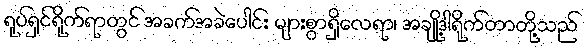
ရုပ်ရှင်ရိုက်ရာတွင် အခက်အခဲပေါင်း များစွာရှိလေရာ၊ အချို့ဒါရိုက်တာတို့သည်